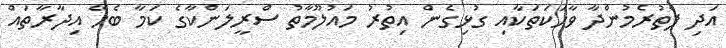
އަދި ފެތުރެމުންދާ ވާހަކަތަކާއި ގުޅިގެން އިތުރު މައުލޫމާތު ސްރީލަންކާގެ ކަމާ ބެހޭ އިދާރާތައް